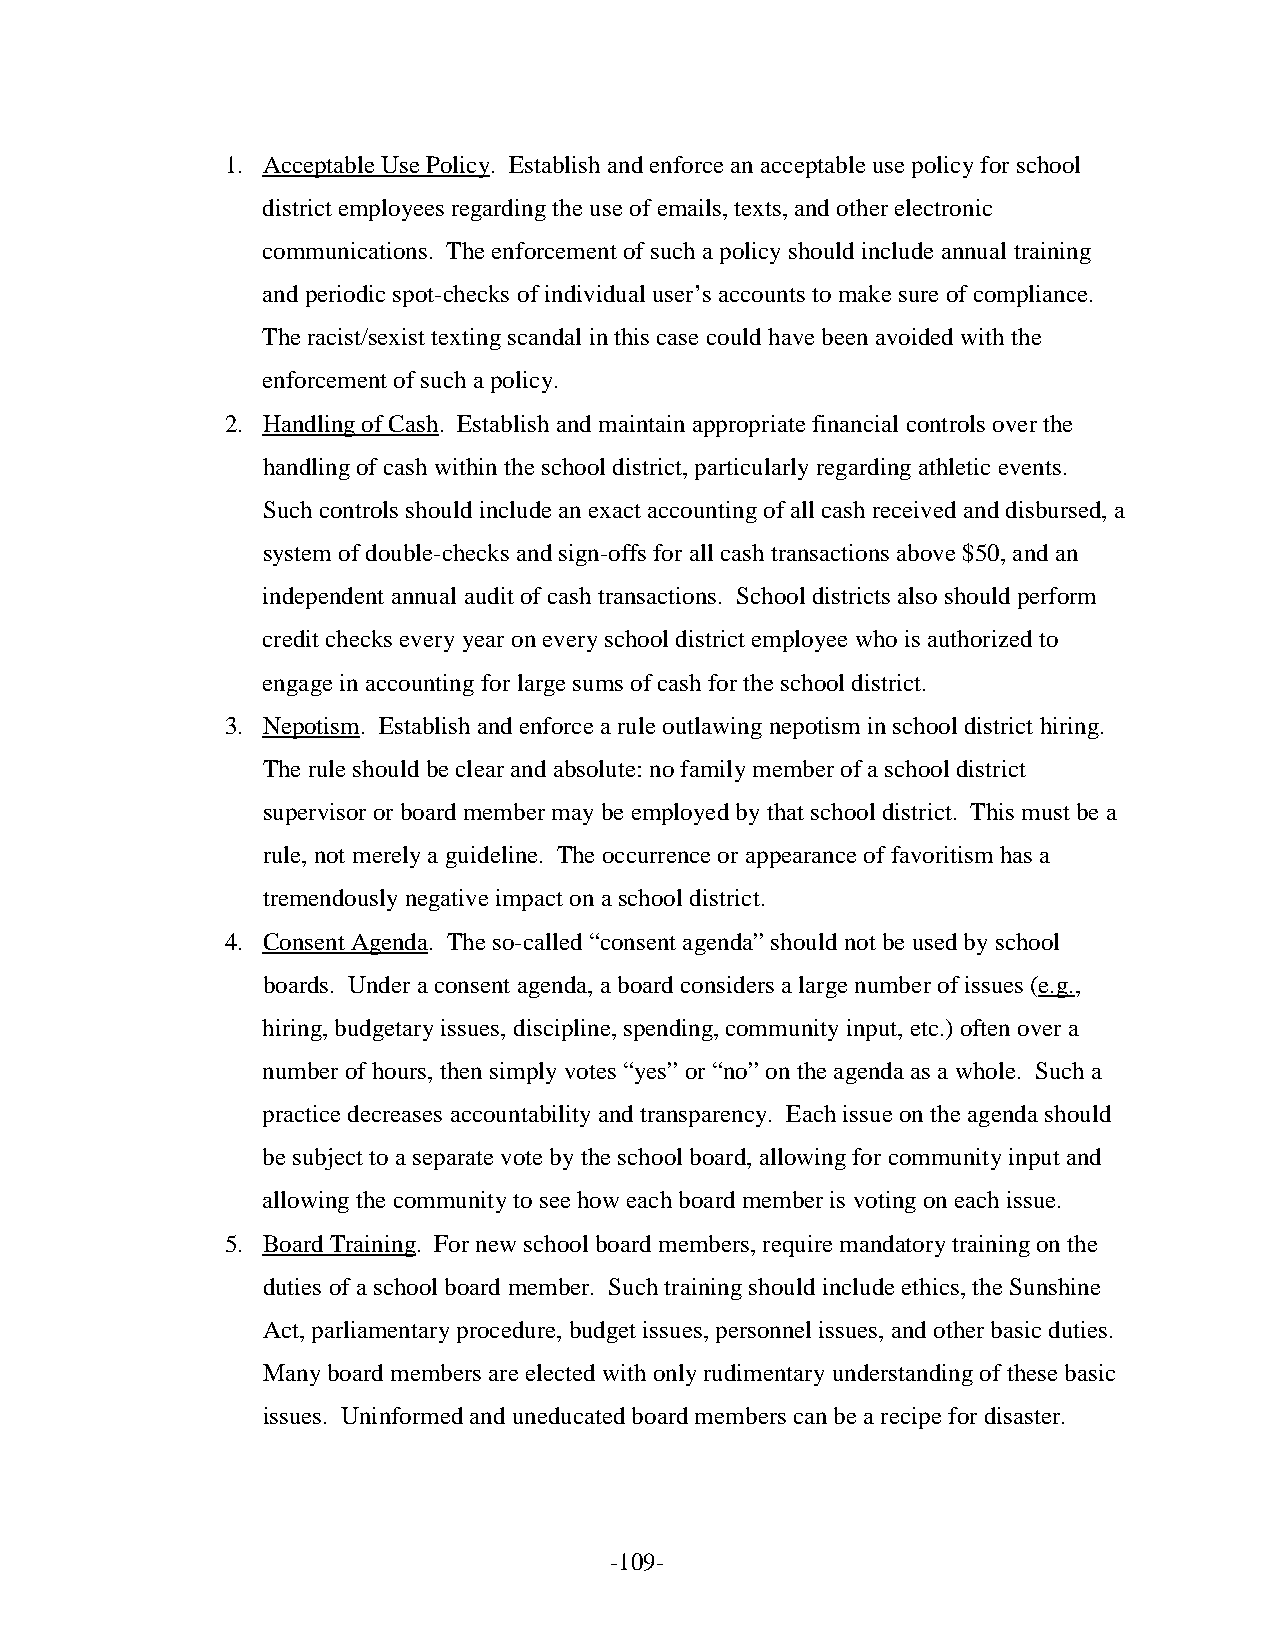
1. Acceptable Use Policy. Establish and enforce an acceptable use policy for school
 district employees regarding the use of emails, texts, and other electronic
 communications. The enforcement of such a policy should include annual training
 and periodic spot-checks of individual user’s accounts to make sure of compliance.
 The racist/sexist texting scandal in this case could have been avoided with the
 enforcement of such a policy.
 2. Handling of Cash. Establish and maintain appropriate financial controls over the
 handling of cash within the school district, particularly regarding athletic events.
 Such controls should include an exact accounting of all cash received and disbursed, a
 system of double-checks and sign-offs for all cash transactions above $50, and an
 independent annual audit of cash transactions. School districts also should perform
 credit checks every year on every school district employee who is authorized to
 engage in accounting for large sums of cash for the school district.
 3. Nepotism. Establish and enforce a rule outlawing nepotism in school district hiring.
 The rule should be clear and absolute: no family member of a school district
 supervisor or board member may be employed by that school district. This must be a
 rule, not merely a guideline. The occurrence or appearance of favoritism has a
 tremendously negative impact on a school district.
 4. Consent Agenda. The so-called “consent agenda” should not be used by school
 boards. Under a consent agenda, a board considers a large number of issues (e.g.,
 hiring, budgetary issues, discipline, spending, community input, etc.) often over a
 number of hours, then simply votes “yes” or “no” on the agenda as a whole. Such a
 practice decreases accountability and transparency. Each issue on the agenda should
 be subject to a separate vote by the school board, allowing for community input and
 allowing the community to see how each board member is voting on each issue.
 5. Board Training. For new school board members, require mandatory training on the
 duties of a school board member. Such training should include ethics, the Sunshine
 Act, parliamentary procedure, budget issues, personnel issues, and other basic duties.
 Many board members are elected with only rudimentary understanding of these basic
 issues. Uninformed and uneducated board members can be a recipe for disaster.
 -109-